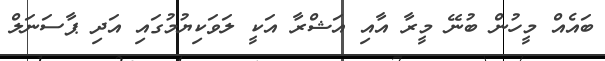
ބައެއް މީހުން ބުނޭ މީރާ އާއި އަޝްރާ އަކީ ލަވަކިޔުމުގައި އަދި ޕާސަނަލް